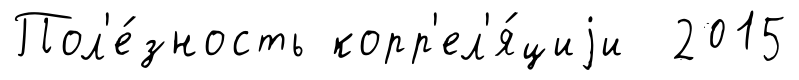
Пол'е́зность корр'ел'я́циjи 2015